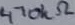
Text: 470kΩ